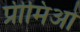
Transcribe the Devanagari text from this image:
प्रीमिओ